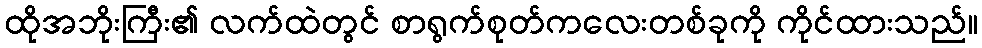
ထိုအဘိုးကြီး၏ လက်ထဲတွင် စာရွက်စုတ်ကလေးတစ်ခုကို ကိုင်ထားသည်။